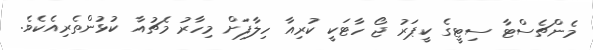
މެންޗެސްޓާ ސިޓީގެ ކީޕަރު ޖޯ ހާޓަކީ ކުރިއާ ހިލާފަށް މިހާރު މެޗުއާ ކުޅުންތެރިއެކެވެ.